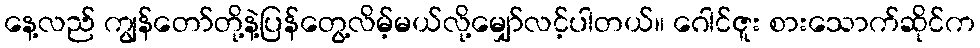
နေ့လည် ကျွန်တော်တို့နဲ့ပြန်တွေ့လိမ့်မယ်လို့မျှော်လင့်ပါတယ်။ ဂေါင်ဇူး စားသောက်ဆိုင်က